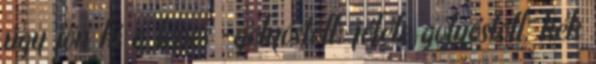
úgy jön ki a lépés -golyóstoll: jóféle golyóstoll, kék